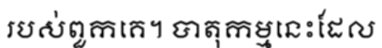
របស់ពួកគេ។ បាតុកម្មនេះដែល